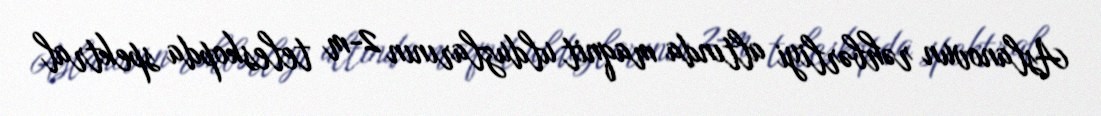
Aslanovun rəhbərliyi altında maqnit ulduzlarının 2-m teleskopda spektral